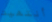
أنتهيت